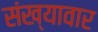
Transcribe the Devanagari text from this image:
संख्यावार